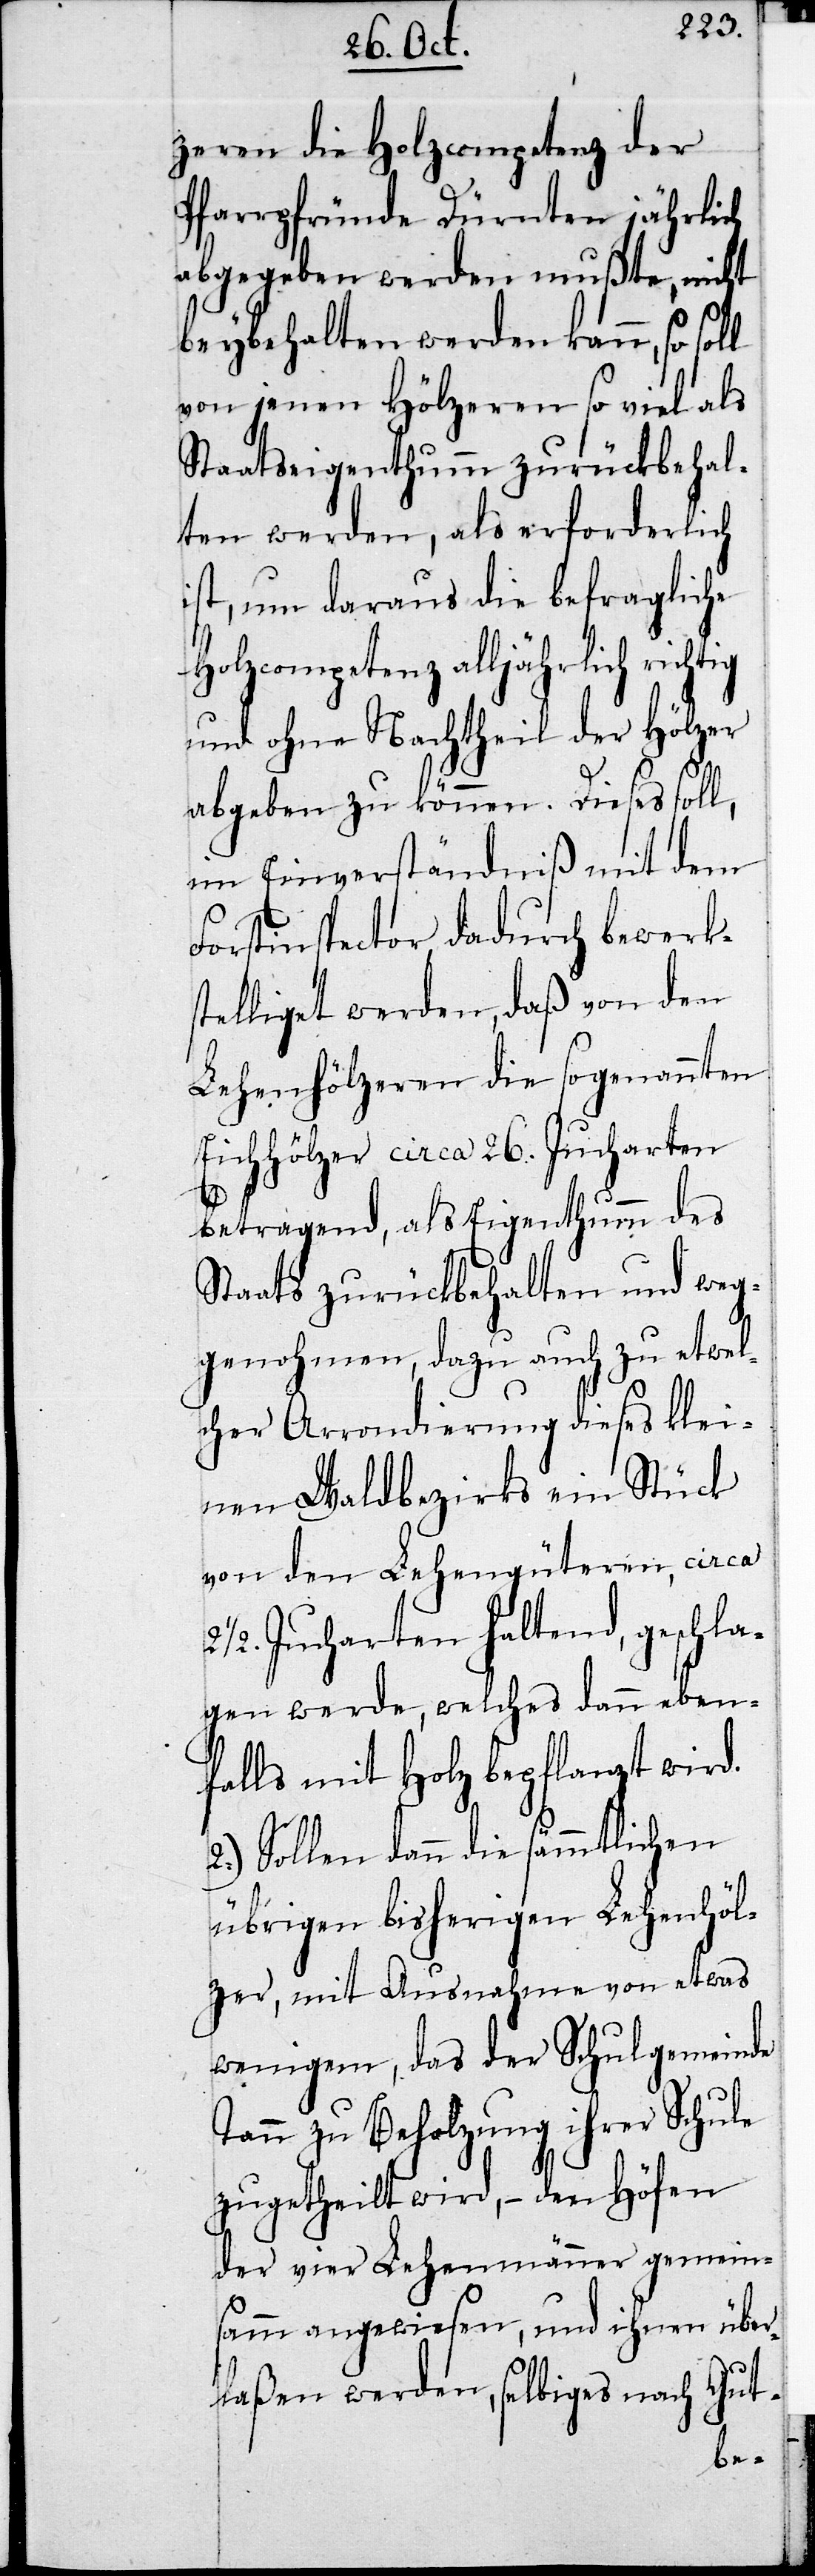
zeren die Holzcompetenz der
Pfarrpfründe Dürnten jährlich
abgegeben werden mußte, nicht
beybehalten werden kann, so soll
von jenen Hölzeren so viel als
Staatseigenthumm zurückbehal¬
ten werden, als erforderlich
ist, um daraus die befragliche
Holzcompetenz alljährlich richtig
und ohne Nachtheil der Hölzer
abgeben zu können. Dieses soll,
im Einverständniß mit dem
Forstinspector dadurch bewerks¬
telliget werden, daß von den
Lehenhölzeren die sogenannten
Eichhölzer circa 26. Jucharten
betragend, als Eigenthumm des
Staats zurückbehalten und weg¬
genohmen, dazu auch zu etwel¬
cher Arrondierung dieses klei¬
nen Wahlbezirks ein Stück
von den Lehengüteren, circa
½. Jucharten haltend, geschla¬
gen werde, welches dann eben¬
falls mit Holz bepflanzt wird.
übrigen bisherigen Lehenhöl¬
zer, mit Ausnahme von etwas
wenigem , das der Schulgemeinde
Tann zu Beholzung ihrer Schule
zugetheilt wird, – den Höfen
der vier Lehenmänner gemein¬
samm angewiesen, und ihnen über¬
laßen werden, selbiges nach Gut-